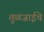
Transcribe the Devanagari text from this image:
तुळजाईचे